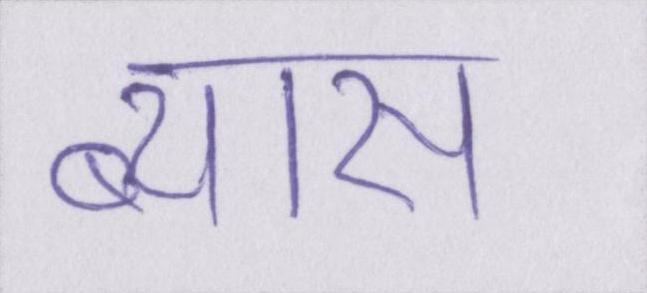
ब्यास